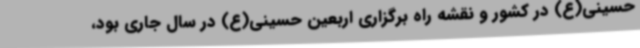
حسینی(ع) در کشور و نقشه راه برگزاری اربعین حسینی(ع) در سال جاری بود،